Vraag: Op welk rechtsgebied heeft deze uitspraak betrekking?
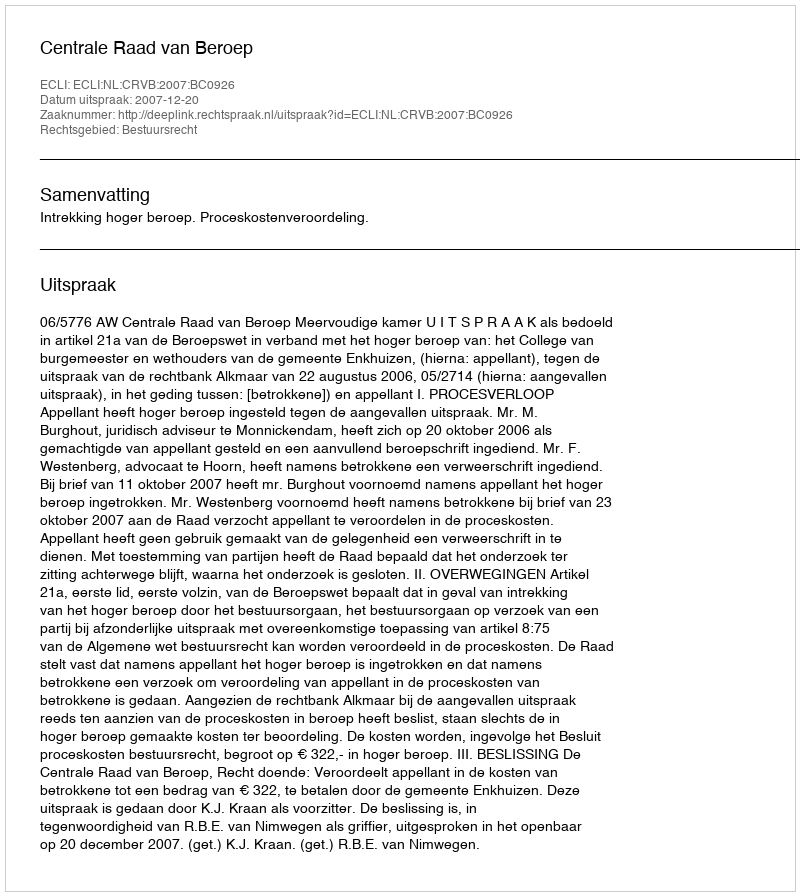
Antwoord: Bestuursrecht